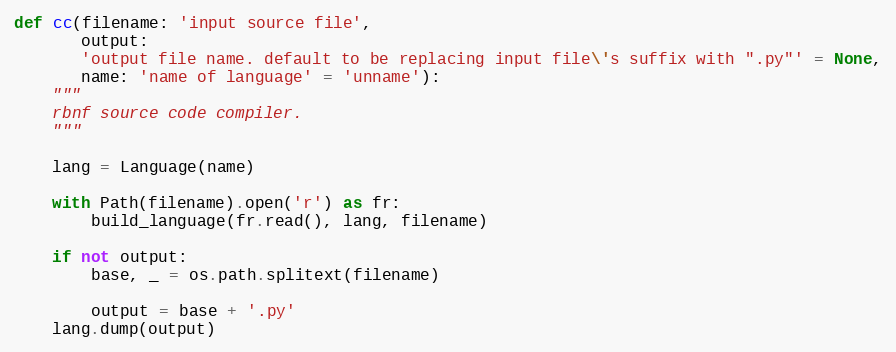
Language: Python
def cc(filename: 'input source file',
       output:
       'output file name. default to be replacing input file\'s suffix with ".py"' = None,
       name: 'name of language' = 'unname'):
    """
    rbnf source code compiler.
    """

    lang = Language(name)

    with Path(filename).open('r') as fr:
        build_language(fr.read(), lang, filename)

    if not output:
        base, _ = os.path.splitext(filename)

        output = base + '.py'
    lang.dump(output)